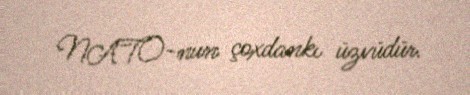
NATO-nun çoxdankı üzvüdür.